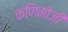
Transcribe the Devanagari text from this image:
कणिमोज़ी